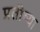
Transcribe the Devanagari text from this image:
प्रतीष्या